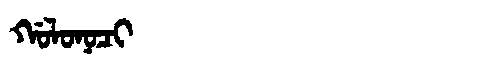
Manchu: ᡤᠣᠯᠣᠨᠣᠴᡳ
Romanization: GOLONOCI